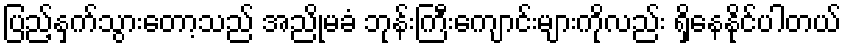
ပြည့်နှက်သွားတော့သည် အညိုမခံ ဘုန်းကြီးကျောင်းများကိုလည်း ရှိနေနိုင်ပါတယ်